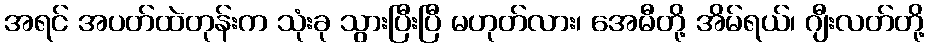
အရင် အပတ်ထဲတုန်းက သုံးခု သွားပြီးပြီ မဟုတ်လား၊ အေမီတို့ အိမ်ရယ်၊ ဂျီးလတ်တို့